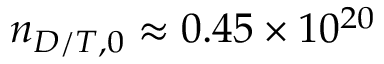
n _ { D / T , 0 } \approx 0 . 4 5 \times 1 0 ^ { 2 0 }